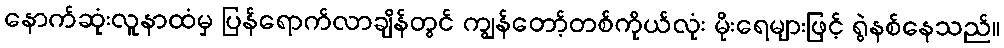
နောက်ဆုံးလူနာထံမှ ပြန်ရောက်လာချိန်တွင် ကျွန်တော့်တစ်ကိုယ်လုံး မိုးရေများဖြင့် ရွဲနစ်နေသည်။